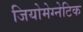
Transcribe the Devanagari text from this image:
जियोमेग्नेटिक